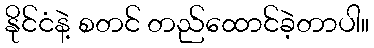
နိုင်ငံနဲ့ စတင် တည်ထောင်ခဲ့တာပါ။